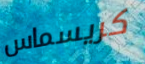
كريسماس